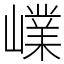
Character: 嶫